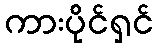
ကားပိုင်ရှင်